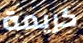
كريمة